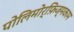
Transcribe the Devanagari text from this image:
पोलिमोर्फ़िज्मकाम